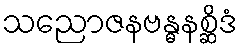
သညောဇနဗန္ဓနစ္ဆိဒံ